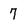
Character: 7